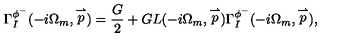
\Gamma _ { I } ^ { \phi ^ { - } } ( - i \Omega _ { m } , \stackrel { \rightharpoonup } { p } ) = \frac { G } { 2 } + G L ( - i \Omega _ { m } , \stackrel { \rightharpoonup } { p } ) \Gamma _ { I } ^ { \phi ^ { - } } ( - i \Omega _ { m } , \stackrel { \rightharpoonup } { p } ) ,